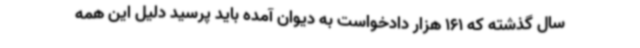
سال گذشته که 161 هزار دادخواست به دیوان آمده باید پرسید دلیل این همه